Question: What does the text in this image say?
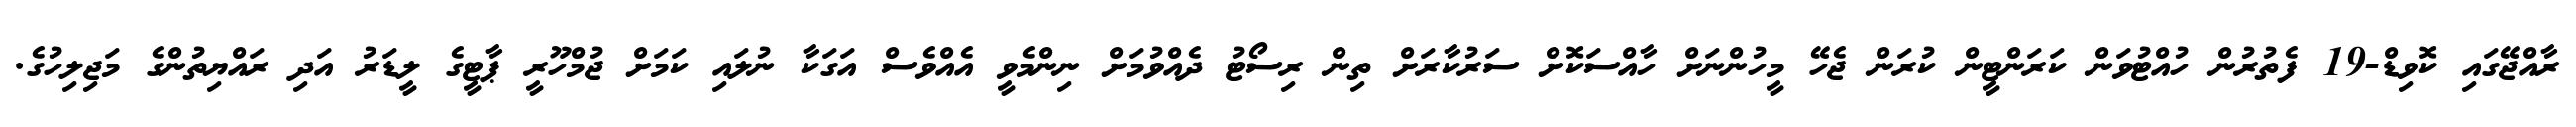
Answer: ރާއްޖޭގައި ކޮވިޑް-19 ފެތުރުން ހުއްޓުވަން ކަރަންޓީން ކުރަން ޖެހޭ މީހުންނަށް ހާއްސަކޮށް ސަރުކާރަށް ތިން ރިސޯޓު ދެއްވުމަށް ނިންމެވީ އެއްވެސް އަގަކާ ނުލައި ކަމަށް ޖުމްހޫރީ ޕާޓީގެ ލީޑަރު އަދި ރައްޔިތުންގެ މަޖިލިހުގެ.